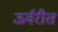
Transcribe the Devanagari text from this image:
ऊर्वरीत